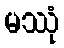
မဿုံ